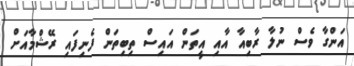
އަންގާ ވެސް ނުލާ ރާބިއާ އާއި އީތަން އައިސް ތިބިތަން ފެނިފައި ރޭޝްމާއަށް